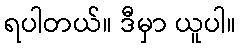
ရပါတယ်။ ဒီမှာ ယူပါ။